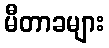
မီတာခများ